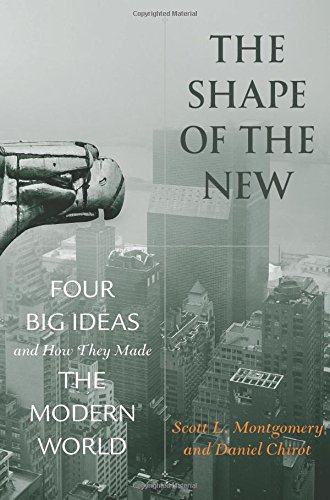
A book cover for The Shape of the New: Four Big Ideas and How They Made the Modern World; Scott L. Montgomery; Science & Math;